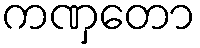
ကဏှတော